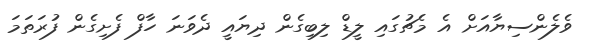
ވެލެންސިޔާއަށް އެ މެޗުގައި ލީޑް ލިބިގެން ދިޔައީ ދެވަނަ ހާފް ފެށިގެން ފުރަތަމަ